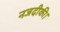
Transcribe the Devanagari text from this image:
नजदीकी।